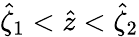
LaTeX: \hat{\zeta}_{1}<\hat{z}<\hat{\zeta}_{2}